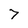
Character: 7